Madras plague regulations and rules - Volume 2
Disease focus: Plague
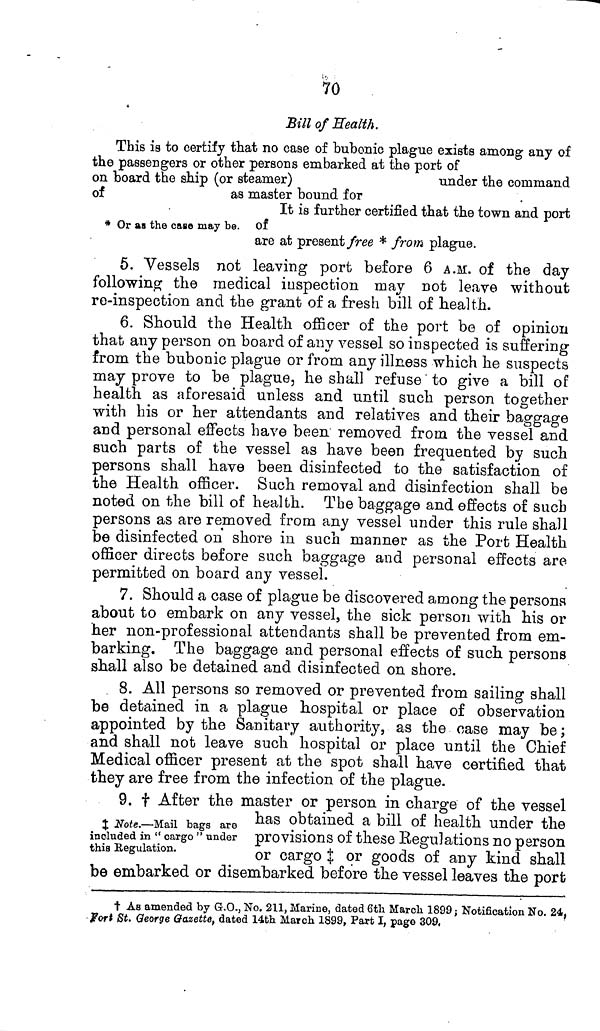
70
* Or as the case may be.
Bill of Health.
This is to certify that no case of bubonic plague exists among any of
the passengers or other persons embarked at the port of
on board the ship (or steamer)
under the command
of
as master bound for
It is further certified that the town and port
of
are at present free * from plague.
5. Vessels not leaving port before 6 A.M. of the day
following the medical inspection may not leave without
re-inspection and the grant of a fresh bill of health.
6. Should the Health officer of the port be of opinion
that any person on board of any vessel so inspected is suffering
from the bubonic plague or from any illness which he suspects
may prove to be plague, he shall refuse to give a bill of
health as aforesaid unless and until such person together
with his or her attendants and relatives and their baggage
and personal effects have been removed from the vessel and
such parts of the vessel as have been frequented by such
persons shall have been disinfected to the satisfaction of
the Health officer. Such removal and disinfection shall be
noted on the bill of health. The baggage and effects of such
persons as are removed from any vessel under this rule shall
be disinfected on shore in such manner as the Port Health
officer directs before such baggage and personal effects are
permitted on board any vessel.
7. Should a case of plague be discovered among the persona
about to embark on any vessel, the sick person with his or
her non-professional attendants shall be prevented from em-
barking. The baggage and personal effects of such persons
shall also be detained and disinfected on shore.
8. All persons so removed or prevented from sailing shall
be detained in a plague hospital or place of observation
appointed by the Sanitary authority, as the case may be;
and shall not leave such hospital or place until the Chief
Medical officer present at the spot shall have certified that
they are free from the infection of the plague.
‡ Note.—Mail bags are
included in " cargo " under
this Regulation.
9. † After the master or person in charge of the vessel
has obtained a bill of health under the
provisions of these Regulations no person
or cargo ‡ or goods of any kind shall
be embarked or disembarked before the vessel leaves the port
† As amended by G.O., No. 211, Marine, dated 6th March 1899; Notification No. 24,
Fort St. George Gazette, dated 14th March 1899, Part I, page 309,